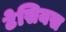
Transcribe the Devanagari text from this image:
टेसियस